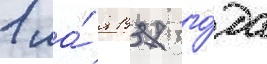
1 ма́я 1937 го́да